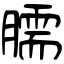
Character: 臑